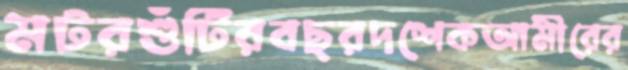
মটরশুঁটিরবছরদশেকআমীরের